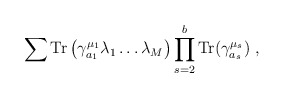
\begin{align*}\sum {\rm Tr}\left(\gamma^{\mu_1}_{a_1} \lambda_1\dots\lambda_M\right)\prod_{s=2}^{b} {\rm Tr}(\gamma^{\mu_s}_{a_s})~,\end{align*}